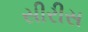
સીરીસ